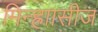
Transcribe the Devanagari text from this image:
मिन्ह्राासीज